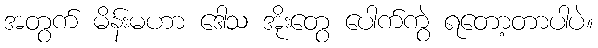
အတွက် မိန်းမဟာ ဒေါသ အိုးတွေ ပေါက်ကွဲ ရတော့တာပါပဲ။